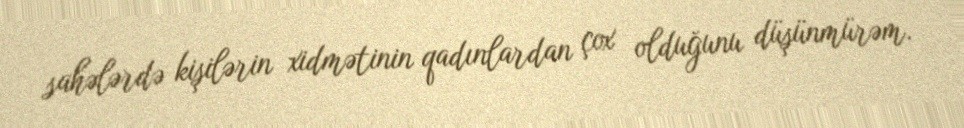
sahələrdə kişilərin xidmətinin qadınlardan çox olduğunu düşünmürəm.